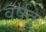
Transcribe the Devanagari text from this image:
वर्षतु